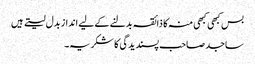
بس کبھی کبھی منہ کا ذائقہ بدلنے کے لیے انداز بدل لیتے ہیں
ساجد صاحب پسندیدگی کا شکریہ۔